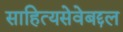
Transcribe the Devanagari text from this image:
साहित्यसेवेबद्दल